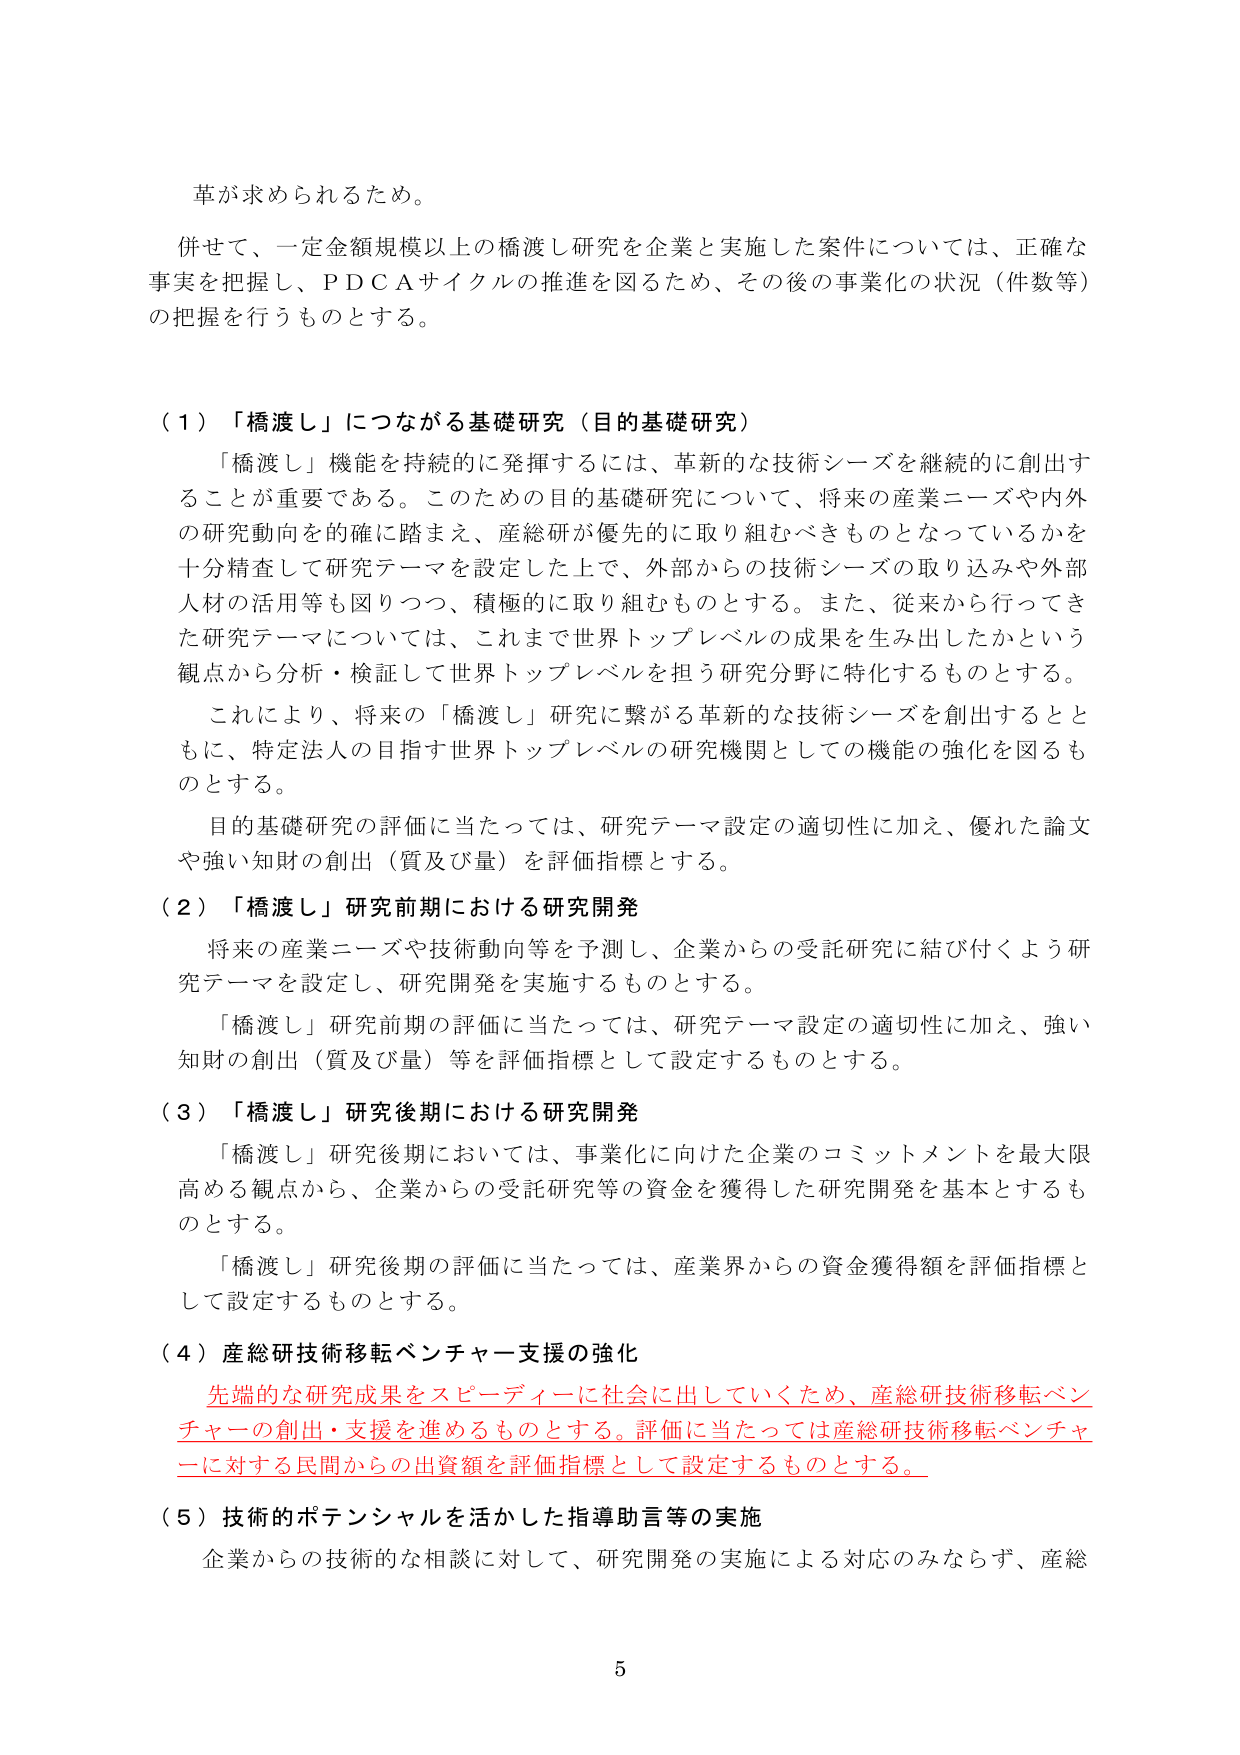
革が求められるため。

併せて、一定金額規模以上の橋渡し研究を企業と実施した案件については、正確な事実を把握し、PDCAサイクルの推進を図るため、その後の事業化の状況（件数等）の把握を行うものとする。

（１）「橋渡し」につながる基礎研究（目的基礎研究）

「橋渡し」機能を持続的に発揮するには、革新的な技術シーズを継続的に創出することが重要である。このための目的基礎研究について、将来の産業ニーズや内外の研究動向を的確に踏まえ、産総研が優先的に取り組むべきものとなっているかを十分精査して研究テーマを設定した上で、外部からの技術シーズの取り込みや外部人材の活用等も図りつつ、積極的に取り組むものとする。また、従来から行ってきた研究テーマについては、これまで世界トップレベルの成果を生み出したかという観点から分析・検証して世界トップレベルを担う研究分野に特化するものとする。

これにより、将来の「橋渡し」研究に繋がる革新的な技術シーズを創出するとともに、特定法人の目指す世界トップレベルの研究機関としての機能の強化を図るものとする。

目的基礎研究の評価に当たっては、研究テーマ設定の適切性に加え、優れた論文や強い知財の創出（質及び量）を評価指標とする。

（２）「橋渡し」研究前期における研究開発

将来の産業ニーズや技術動向等を予測し、企業からの受託研究に結び付くよう研究テーマを設定し、研究開発を実施するものとする。

「橋渡し」研究前期の評価に当たっては、研究テーマ設定の適切性に加え、強い知財の創出（質及び量）等を評価指標として設定するものとする。

（３）「橋渡し」研究後期における研究開発

「橋渡し」研究後期においては、事業化に向けた企業のコミットメントを最大限高める観点から、企業からの受託研究等の資金を獲得した研究開発を基本とするものとする。

「橋渡し」研究後期の評価に当たっては、産業界からの資金獲得額を評価指標として設定するものとする。

（４）産総研技術移転ベンチャー支援の強化

先端的な研究成果をスピーディーに社会に出していくため、産総研技術移転ベンチャーの創出・支援を進めるものとする。評価に当たっては産総研技術移転ベンチャーに対する民間からの出資額を評価指標として設定するものとする。

（５）技術的ポテンシャルを活かした指導助言等の実施

企業からの技術的な相談に対して、研究開発の実施による対応のみならず、産総

5